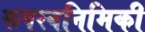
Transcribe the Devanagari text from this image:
रूपस्वनिमिकी